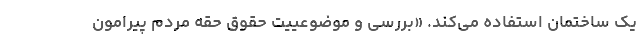
یک ساختمان استفاده می‌کند. «بررسی و موضوعییت حقوق حقه مردم پیرامون